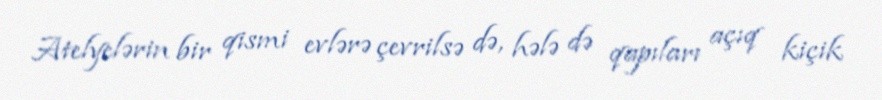
Atelyelərin bir qismi evlərə çevrilsə də, hələ də qapıları açıq kiçik